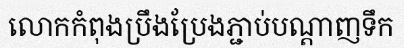
លោកកំពុងប្រឹងប្រែងភ្ជាប់បណ្តាញទឹក